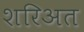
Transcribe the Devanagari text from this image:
शरिअत